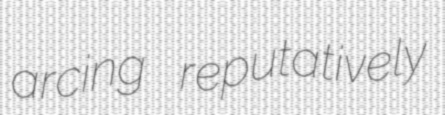
arcing reputatively